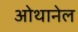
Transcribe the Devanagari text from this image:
ओथानेल